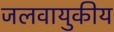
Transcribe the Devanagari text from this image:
जलवायुकीय